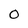
Character: O